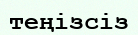
теңізсіз